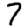
Digit: 7